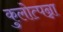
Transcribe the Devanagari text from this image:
कुलोत्पन्ना